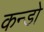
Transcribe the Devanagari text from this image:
कन्डो